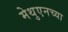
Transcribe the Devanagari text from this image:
मेथुएनच्या